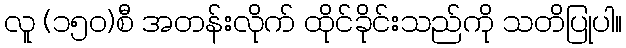
လူ (၁၅၀)စီ အတန်းလိုက် ထိုင်ခိုင်းသည်ကို သတိပြုပါ။